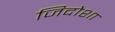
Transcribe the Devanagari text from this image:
जिदोशा